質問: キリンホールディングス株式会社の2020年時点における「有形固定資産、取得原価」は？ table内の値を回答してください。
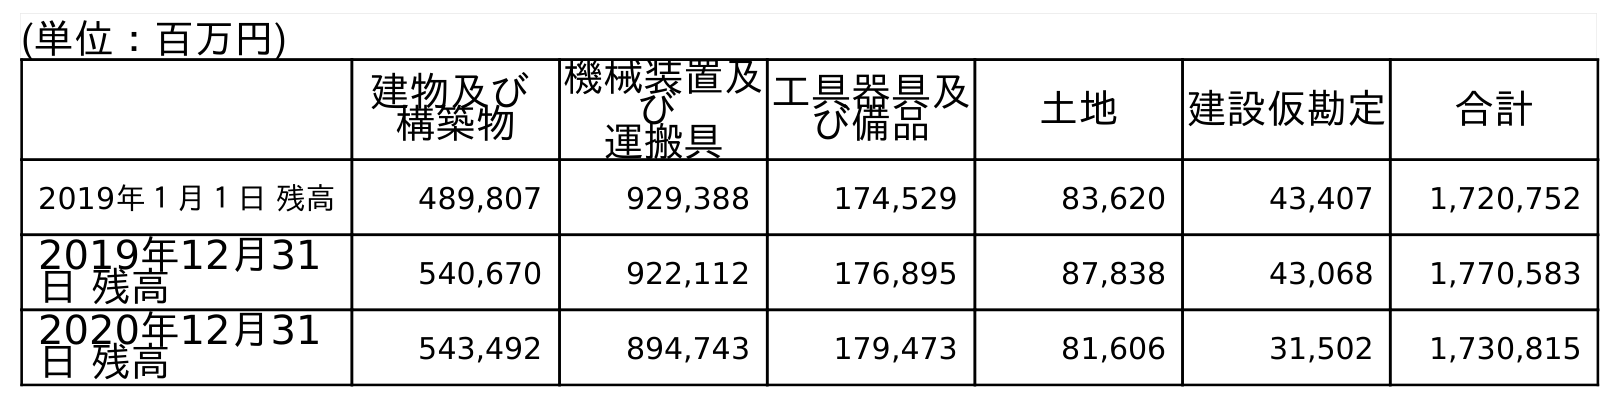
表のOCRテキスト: (単位：百万円) 建物及び 構築物 機械装置及 び 運搬具 工具器具及 び備品 土地 建設仮勘定 合計 2019年１月１日 残高 489,807 929,388 174,529 83,620 43,407 1,720,752 2019年12月31 日 残高 540,670 922,112 176,895 87,838 43,068 1,770,583 2020年12月31 日 残高 543,492 894,743 179,473 81,606 31,502 1,730,815
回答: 1,730,815